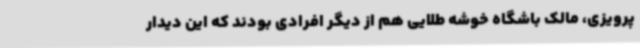
پرویزی، مالک باشگاه خوشه طلایی هم از دیگر افرادی بودند که این دیدار